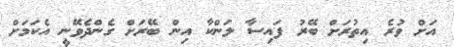
އަށް ވުރެ އިތުރަށް ބޭރު ފައިސާ ލަންކާ އިން ބޭރަށް ގެންދެވޭނީ އެކަމަށް